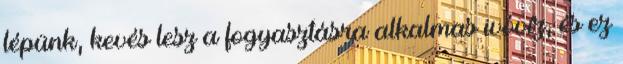
lépünk, kevés lesz a fogyasztásra alkalmas ivóvíz, és ez